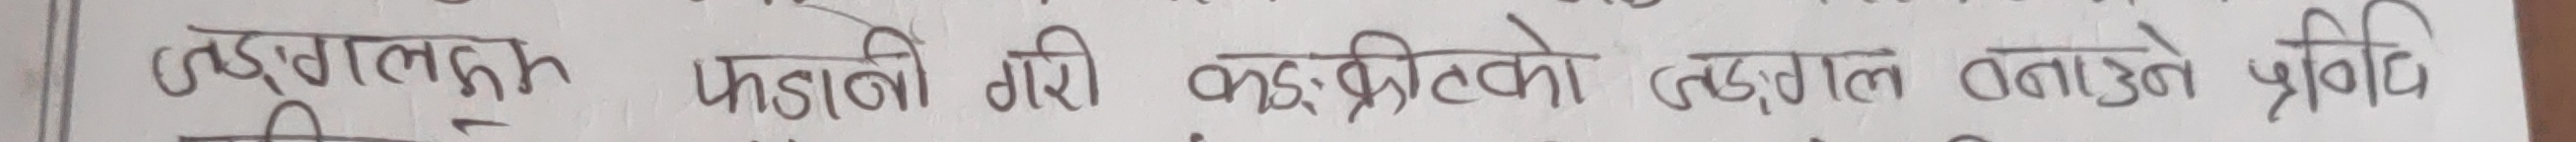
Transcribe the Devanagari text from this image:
वडाल्गुत फडाली गरी कङ्क्रीको बडाल्गत बताउने प्रविधि